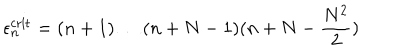
\epsilon _ { n } ^ { \mathrm { c r i t } } = ( n + 1 ) \dots ( n + N - 1 ) ( n + N - \frac { N ^ { 2 } } { 2 } )